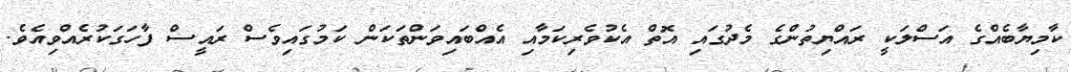
ކާމިޔާބެއްގެ އަސްލަކީ ރައްޔިތުންގެ މެދުގައި އޮތް އެކުވެރިކަމާއި އެއްބައިވަންތަކަން ކަމުގައިވެސް ރައީސް ފާހަގަކުރެއްވިއެވެ.